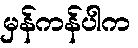
မှန်ကန်ပါက